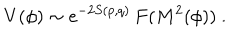
V ( \phi ) \sim { e ^ { - 2 S ( p , q ) } } \, F ( M ^ { 2 } ( \phi ) ) \ .